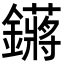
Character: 𬬙